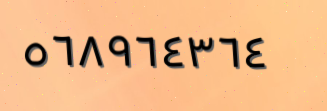
٥٦٨٩٦٤٣٦٤